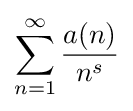
\sum _{n=1}^{\infty }{\frac {a(n)}{n^{s}}}